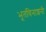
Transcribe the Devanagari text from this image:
भूतविनाशनी